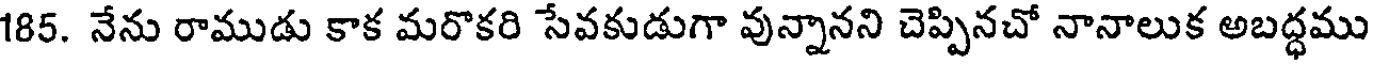
185. నేను రాముడు కాక మరొకరి సేవకుడుగా వున్నానని చెప్పినచో నానాలుక అబద్ధము